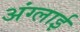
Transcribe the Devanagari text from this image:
अंग्लाई